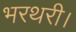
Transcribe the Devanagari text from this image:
भरथरी।